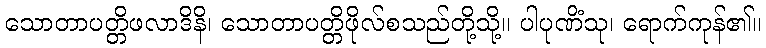
သောတာပတ္တိဖလာဒိနိ၊ သောတာပတ္တိဖိုလ်စသည်တို့သို့။ ပါပုဏိံသု၊ ရောက်ကုန်၏။